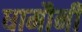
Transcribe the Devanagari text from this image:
धामौनी